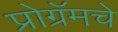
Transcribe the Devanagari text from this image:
प्रोग्रॅमचे